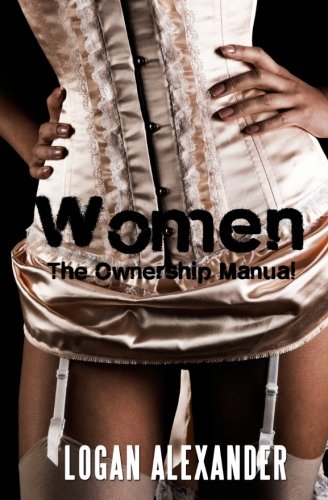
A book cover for Women: The Ownership Manual; Logan Alexander; Romance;